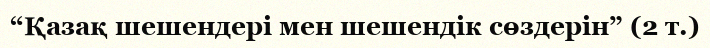
“Қазақ шешендері мен шешендік сөздерін” (2 т.)